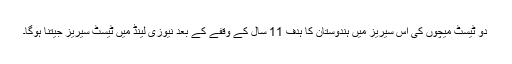
دو ٹیسٹ میچوں کی اس سیریز میں ہندوستان کا ہدف 11 سال کے وقفے کے بعد نیوزی لینڈ میں ٹیسٹ سیریز جیتنا ہوگا۔